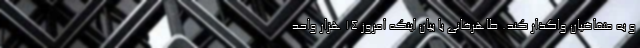
و به متقاضیان واگذار کند. طاهرخانی با بیان اینکه امروز ۱۴ هزار واحد